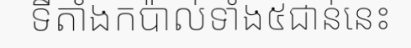
ទីតាំងកប៉ាល់ទាំង៥ជាន់នេះ